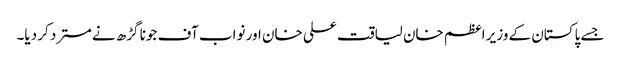
جسے پاکستان کے وزیر اعظم خان لیاقت علی خان اور نواب آف جونا گڑھ نےمسترد کر دیا۔